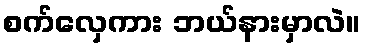
စက်လှေကား ဘယ်နားမှာလဲ။